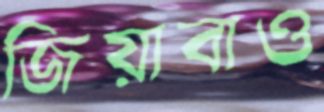
জিয়াবাও